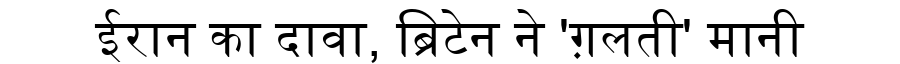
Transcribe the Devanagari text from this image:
ईरान का दावा, ब्रिटेन ने 'ग़लती' मानी